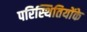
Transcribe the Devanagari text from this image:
परिस्थितियोंके